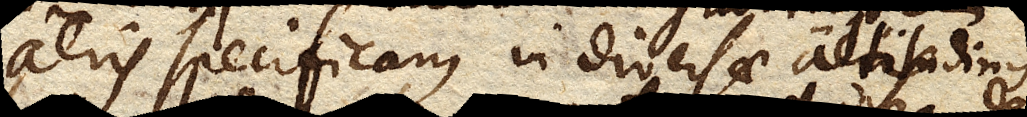
aeris specificam, in diversae altitudinis